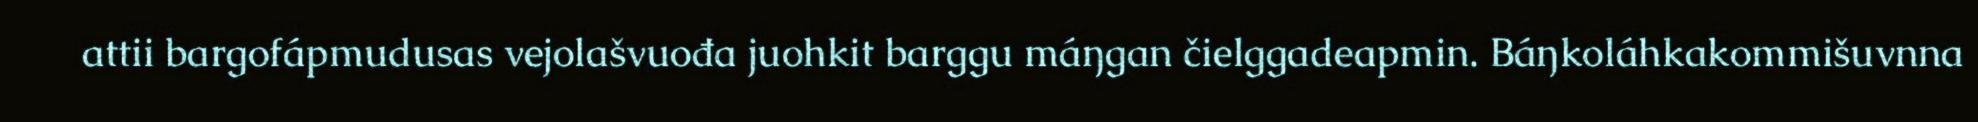
attii bargofápmudusas vejolašvuođa juohkit barggu máŋgan čielggadeapmin. Báŋkoláhkakommišuvnna